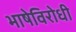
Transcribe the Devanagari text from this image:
भाषेविरोधी